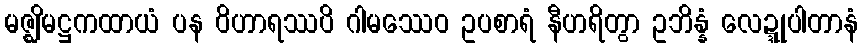
မဇ္ဈိမဋ္ဌကထာယံ ပန ဝိဟာရဿပိ ဂါမဿေဝ ဥပစာရံ နီဟရိတွာ ဥဘိန္နံ လေဍ္ဍုပါတာနံ